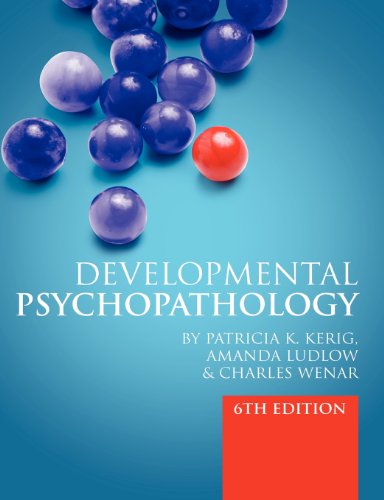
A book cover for Developmental Psychopathology 6e; Charles Wenar; Medical Books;